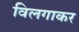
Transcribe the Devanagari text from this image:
विलगाकर